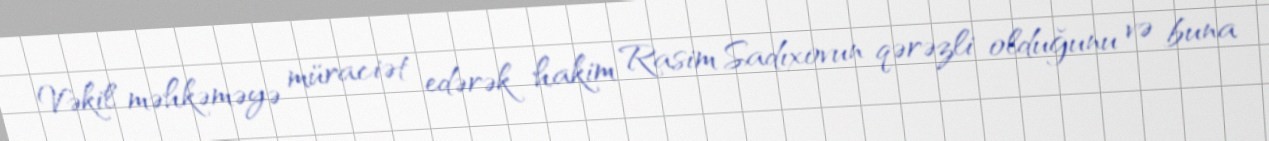
Vəkil məhkəməyə müraciət edərək hakim Rasim Sadıxovun qərəzli olduğunu və buna